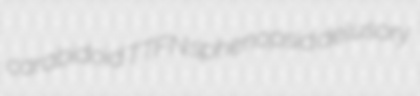
carabidoid TTFN sphenopsid delusory